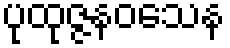
ပုထုဇ္ဇနဝသေန